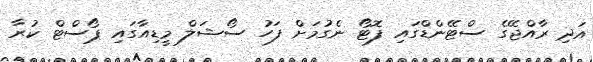
އަދި ރާއްޖޭގެ ސްޓޭންޑްގައި ފޮޓޯ ނެގުމަށް ފަހު ސޯޝަލް މީޑިއާގައި ޕޯސްޓް ކުރާ